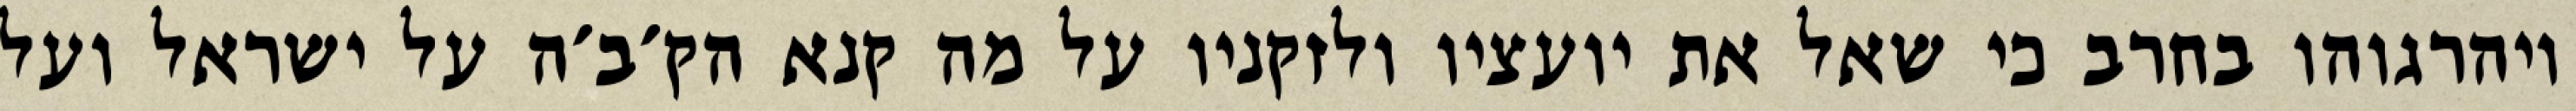
ויהרגוהו בחרב כי שאל את יועציו ולזקניו על מה קנא הק׳ב׳ה על ישראל ועל